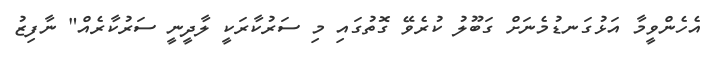
އެހެންވީމާ އަޅުގަނޑުމެނަށް ގަބޫލު ކުރެވޭ ގޮތުގައި މި ސަރުކާރަކީ ލާދީނީ ސަރުކާރެއް" ނާފިޒު